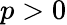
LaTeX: p>0